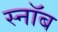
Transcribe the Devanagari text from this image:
स्नॉब